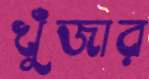
খুঁজার